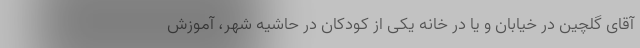
آقای گلچین در خیابان و یا در خانه یکی از کودکان در حاشیه شهر، آموزش